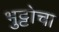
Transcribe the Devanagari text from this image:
भुट्टोचा